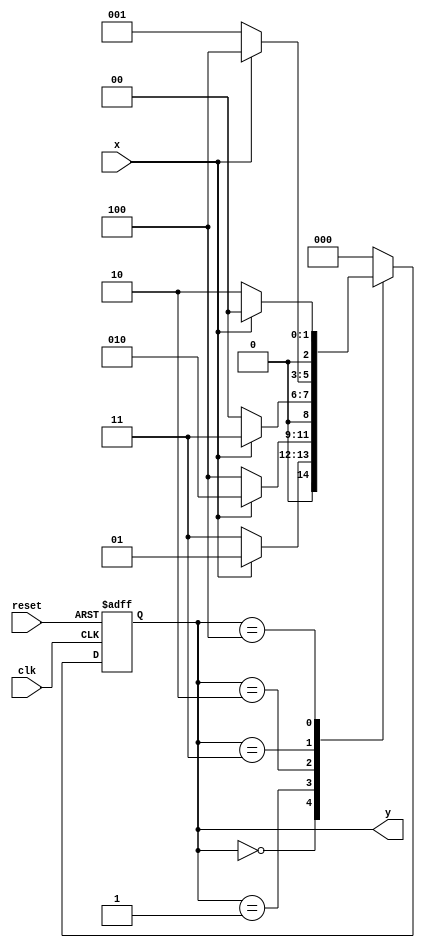
module mod5
  (
    input x,
    input clk,
    input reset,
    output [2:0] y
  );
  
  // automat More'a
    
  localparam [2:0] s0 = 3'd0, s1 = 3'd1, s2 = 3'd2, s3 = 3'd3, s4 = 3'd4;
  reg [2:0] state_reg, state_next;
  
  // rejestr automatu
  always@(posedge clk, posedge reset)
    if(reset)
      state_reg <= s0;
    else
      state_reg <= state_next;
      
  // przejscia automatu
  always@* begin
    case(state_reg)
      s0: if(x)
            state_next = s1;
          else
            state_next = s3;
      s1: if(x)
            state_next = s2;
          else
            state_next = s4;
      s2: if(x)
            state_next = s3;
          else
            state_next = s0;
      s3: if(x)
            state_next = s4;
          else
            state_next = s1;
      s4: if(x)
            state_next = s0;
          else
            state_next = s2;
      default: state_next = s0;
    endcase
  end
 
  // wyjscie automatu	
	assign y = state_reg;
	
  // do symulacji przejsc automatu
  reg [2*8-1:0] aut; // 2 znakowy string : char=8bitw

  always@*
    case(state_reg)
      s0: aut = "s0";
      s1: aut = "s1";
      s2: aut = "s2";
      s3: aut = "s3";
      s4: aut = "s4";
    endcase
  
endmodule